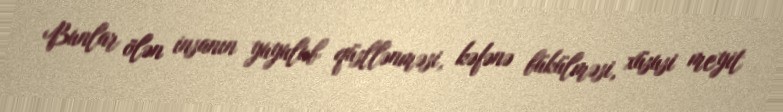
Bunlar ölən insanın yuyulub qüsllənməsi, kəfənə bükülməsi, xüsusi meyit